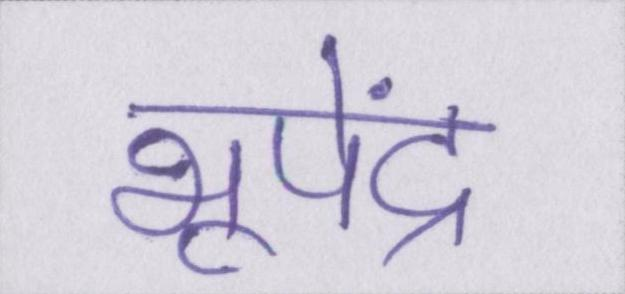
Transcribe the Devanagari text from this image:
भूपेंद्र